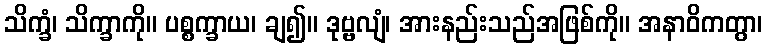
သိက္ခံ၊ သိက္ခာကို။ ပစ္စက္ခာယ၊ ချ၍။ ဒုဗ္ဗလျံ၊ အားနည်းသည်အဖြစ်ကို။ အနာဝိကတွာ၊